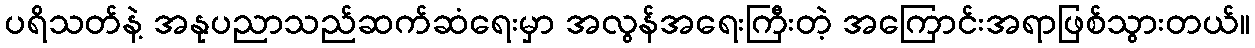
ပရိသတ်နဲ့ အနုပညာသည်ဆက်ဆံရေးမှာ အလွန်အရေးကြီးတဲ့ အကြောင်းအရာဖြစ်သွားတယ်။